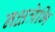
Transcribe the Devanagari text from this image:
नक्षत्रेभि